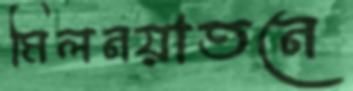
মিলনয়াতনে